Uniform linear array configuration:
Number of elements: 32
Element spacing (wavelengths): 1
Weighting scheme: uniform
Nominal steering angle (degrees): -30
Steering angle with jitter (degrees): -29.966
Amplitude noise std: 0.05
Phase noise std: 0.05

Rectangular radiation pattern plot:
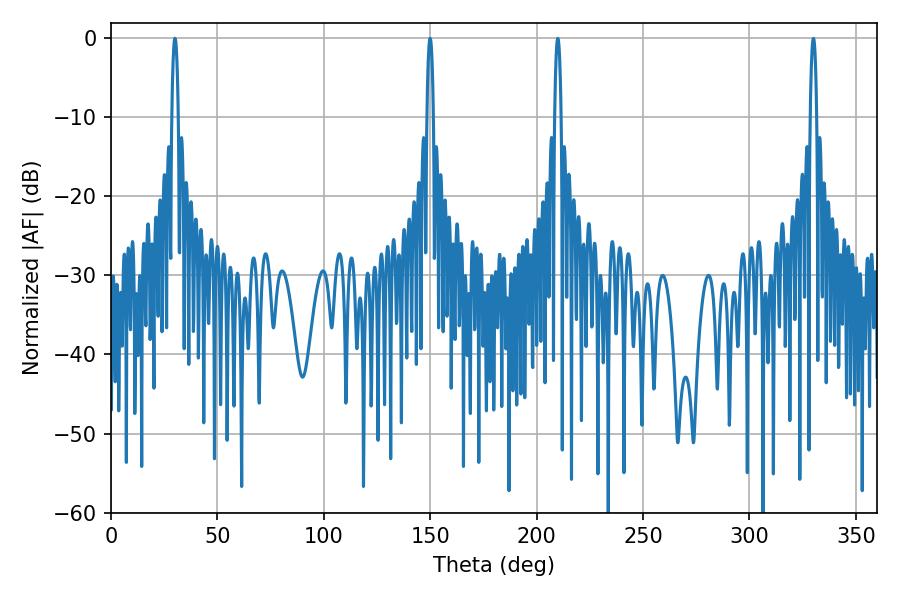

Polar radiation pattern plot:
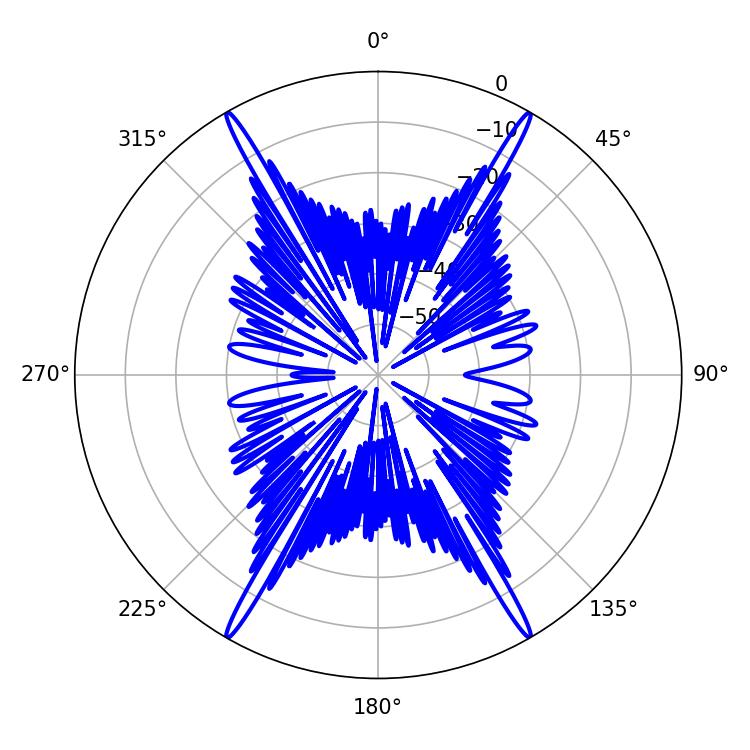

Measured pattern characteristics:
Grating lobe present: TRUE
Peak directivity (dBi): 38.119
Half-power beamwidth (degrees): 1.8
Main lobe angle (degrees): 30.06